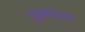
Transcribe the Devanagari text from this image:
पूत्रप्राप्तीसाठी